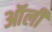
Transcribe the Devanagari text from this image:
ऑर्ली